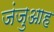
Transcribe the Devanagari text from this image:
जंजुआह